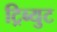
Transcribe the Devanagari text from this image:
ट्रिब्युट